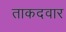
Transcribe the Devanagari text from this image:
ताकदवार